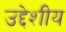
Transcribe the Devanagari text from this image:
उद्देशीय